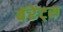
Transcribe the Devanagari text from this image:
बॅरेंट्‌स